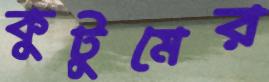
কুটুমের